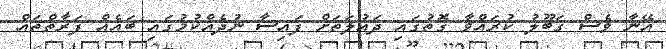
އޭނާ ވެސް ގަބޫލު ކުރައްވާ ގޮތުގައި ދައުލަތަށް ފައިސާ ނުދެއްކުމުގައި ބައެއް ފަރާތްތައް